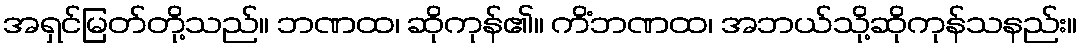
အရှင်မြတ်တို့သည်။ ဘဏထ၊ ဆိုကုန်၏။ ကိံဘဏထ၊ အဘယ်သို့ဆိုကုန်သနည်း။